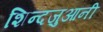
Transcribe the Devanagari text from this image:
शिन्दज़ुआनी